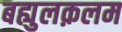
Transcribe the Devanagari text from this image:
बह्युलक़लम